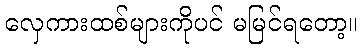
လှေကားထစ်များကိုပင် မမြင်ရတော့။